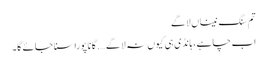
تم سنگ نیناں لاگے
اب چاہے، ہانڈی ہی کیوں نہ لا گے …. گانا پورا سنا جائے گا۔